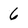
Character: 6